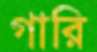
গারি